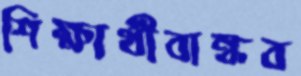
শিক্ষার্থীবান্ধব